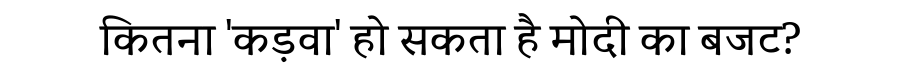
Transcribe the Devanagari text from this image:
कितना 'कड़वा' हो सकता है मोदी का बजट?